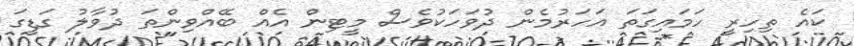
ކައެ ތިހިރީ ހަމައިގަތަ އަހަރުމެން ދުވަހަކުވެސް މީޓިން އެއް ބޭއްވިންތަ ދުވާލު ގަޑީގަ